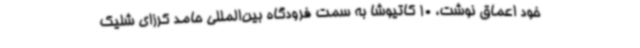
خود اعماق نوشت، 10 کاتیوشا به سمت فرودگاه بین‌المللی حامد کرزای شلیک